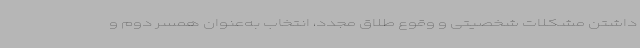
داشتن مشکلات شخصیتی و وقوع طلاق مجدد، انتخاب به‌عنوان همسر دوم و